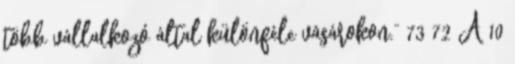
több vállalkozó által különféle vásárokon.” 73 72 A 10